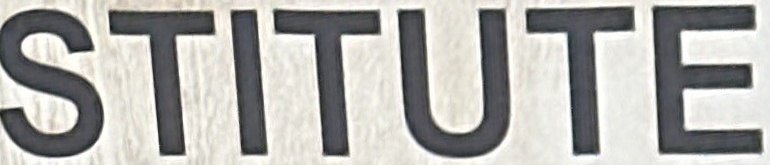
STITUTE